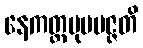
နေကတ္တမုပပဇ္ဇတိ